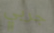
جربي